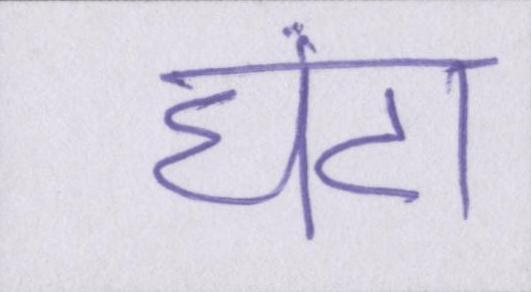
घंटा